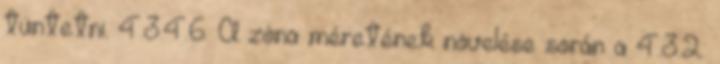
tüntetni. 4.3.4.6. A zóna méretének növelése során a 4.3.2.